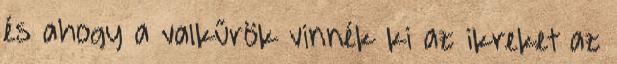
és ahogy a valkűrök vinnék ki az ikreket az